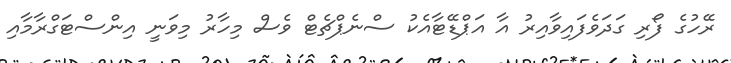
ރޭހުގެ ފޯރި ގަދަވެފައިވާއިރު އާ އަޕްޑޭޓާއެކު ސްނެޕްޗެޓް ވެސް މިހާރު މިވަނީ އިންސްޓަގްރާމާއި